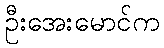
ဦးအေးမောင်က